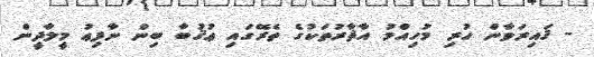
- ޤައިރަވާން ހުރި މުހިއްމު އާޘާރުތަކުގެ ތެރޭގައި ޢުޤުބާ ބިން ނާފިޢު މީލާދީން